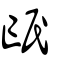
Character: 氓